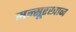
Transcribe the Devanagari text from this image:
मन्सूरखान